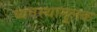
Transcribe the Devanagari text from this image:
व्यवस्थामूलक